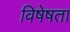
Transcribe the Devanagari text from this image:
विषेषता